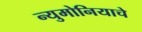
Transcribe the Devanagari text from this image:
न्युमोनियाचे